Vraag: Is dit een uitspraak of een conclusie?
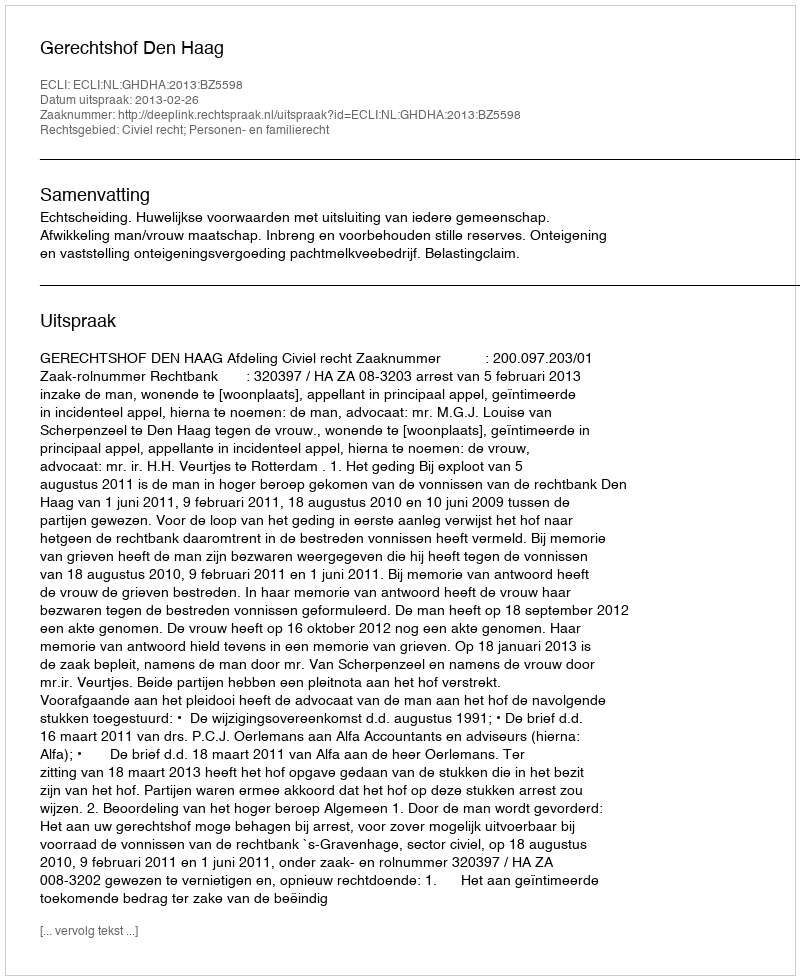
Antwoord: Uitspraak